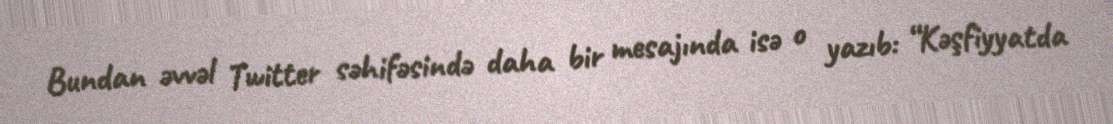
Bundan əvvəl Twitter səhifəsində daha bir mesajında isə o yazıb: “Kəşfiyyatda